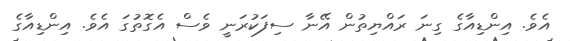
އެވެ. އިންޑިއާގެ ގިނަ ރައްޔިތުން އޭނާ ސިފަކުރަނީ ވެސް އެގޮތުގަ އެވެ. އިންޑިއާގެ